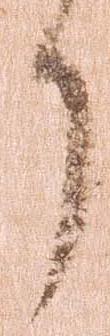
了